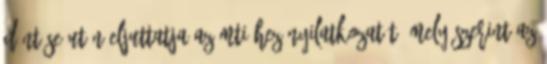
döntése után eljuttatja az MTI-hez nyilatkozatát, mely szerint az